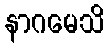
နာဂမေသိ